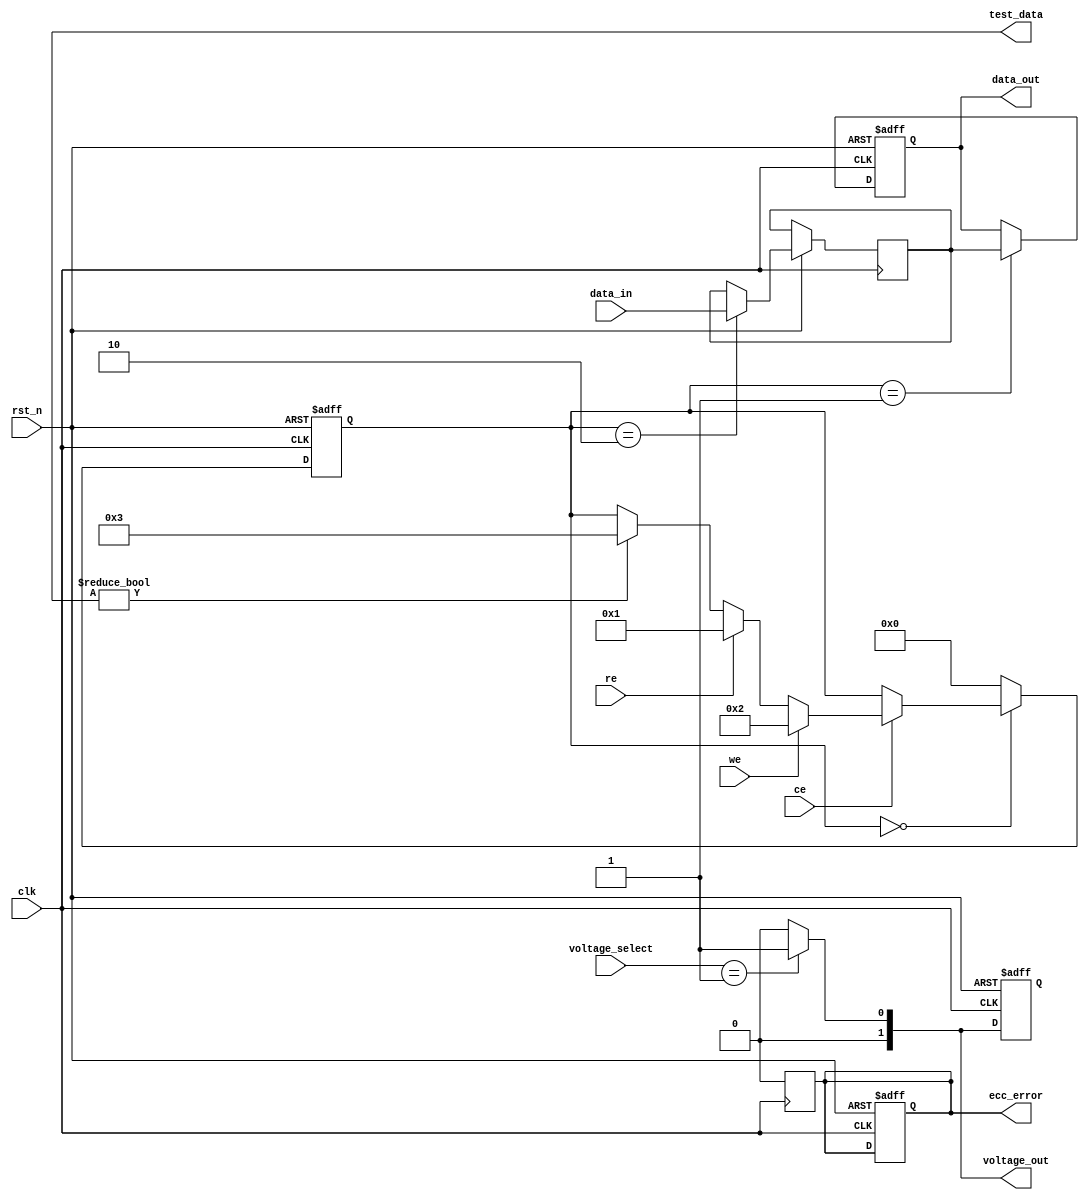
module TLC_NAND_IO (
    input wire clk,
    input wire rst_n,
    input wire [2:0] data_in,         // 3-bit data input
    output reg [2:0] data_out,        // 3-bit data output
    input wire ce,                     // Chip Enable
    input wire we,                     // Write Enable
    input wire re,                     // Read Enable
    input wire [1:0] voltage_select,   // Voltage level select
    output reg [1:0] voltage_out,      // Voltage level output
    output reg ecc_error,              // ECC error signal
    output reg [2:0] test_data         // Test data output
);

// Internal signals
reg [2:0] data_latch;
reg [2:0] ecc_data;
reg [3:0] state;
reg power_mode; // 0: Active, 1: Low Power

// State encoding
localparam IDLE = 4'b0000,
           READ = 4'b0001,
           WRITE = 4'b0010,
           TEST = 4'b0011;

// Control logic
always @(posedge clk or negedge rst_n) begin
    if (!rst_n) begin
        state <= IDLE;
        data_out <= 3'b000;
        voltage_out <= 2'b00;
        ecc_error <= 1'b0;
        power_mode <= 1'b1; // Start in low power mode
    end else begin
        case (state)
            IDLE: begin
                if (ce) begin
                    if (we) begin
                        state <= WRITE;
                    end else if (re) begin
                        state <= READ;
                    end else if (test_data) begin
                        state <= TEST;
                    end
                end
            end
            
            WRITE: begin
                data_latch <= data_in; // Latch data for writing
                // Simulate writing to memory (not implemented)
                state <= IDLE;
            end
            
            READ: begin
                data_out <= data_latch; // Output the latched data
                // Simulate reading from memory (not implemented)
                state <= IDLE;
            end
            
            TEST: begin
                // Simulate test access mechanism (not implemented)
                state <= IDLE;
            end
            
            default: state <= IDLE;
        endcase
    end
end

// Voltage level shifter logic
always @(voltage_select) begin
    case (voltage_select)
        2'b00: voltage_out <= 2'b00; // 1.8V
        2'b01: voltage_out <= 2'b01; // 3.3V
        default: voltage_out <= 2'b00; // Default to 1.8V
    endcase
end

// ECC logic (simplified)
always @(posedge clk) begin
    // Simulate ECC checking (not implemented)
    ecc_error <= 1'b0; // Assume no error for simplicity
end

// Power management logic
always @(posedge clk) begin
    if (state == IDLE) begin
        power_mode <= 1'b1; // Low power mode
    end else begin
        power_mode <= 1'b0; // Active mode
    end
end

endmodule